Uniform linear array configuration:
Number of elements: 8
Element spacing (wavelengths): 0.5
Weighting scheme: blackman
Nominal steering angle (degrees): -30
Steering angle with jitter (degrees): -29.031
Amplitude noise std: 0.05
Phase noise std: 0.05

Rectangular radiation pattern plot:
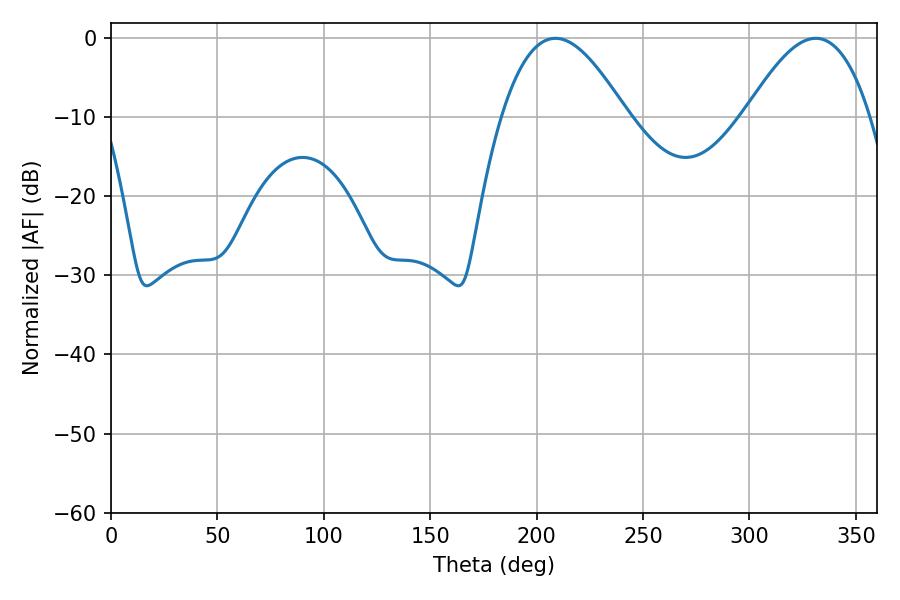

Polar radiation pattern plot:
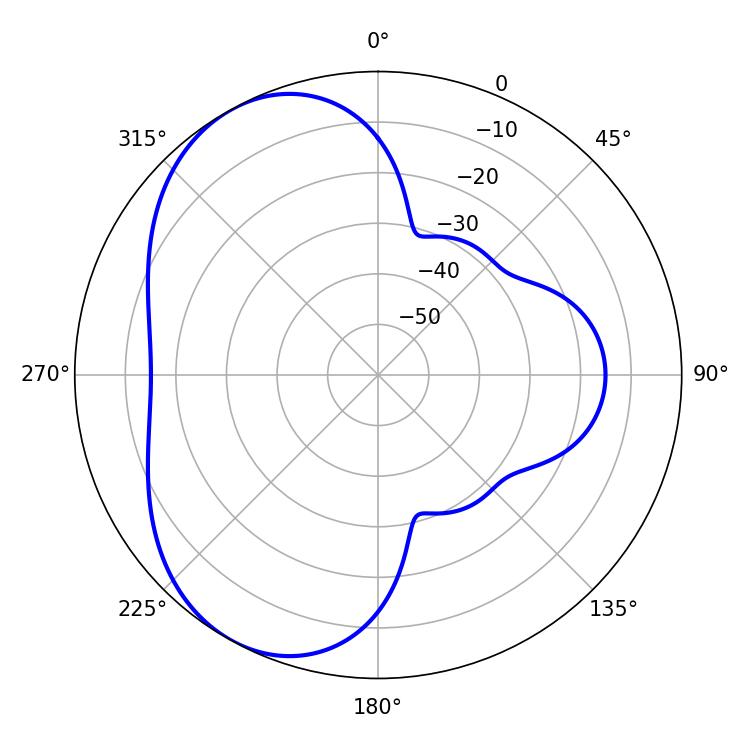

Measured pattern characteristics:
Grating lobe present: FALSE
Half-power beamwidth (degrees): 31.86
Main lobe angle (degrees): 208.8